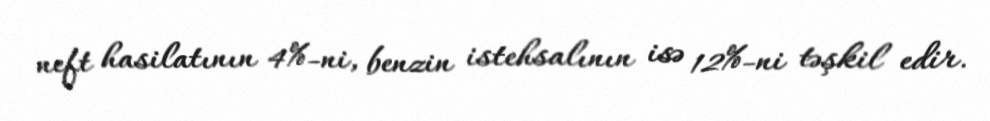
neft hasilatının 4%-ni, benzin istehsalının isə 12%-ni təşkil edir.